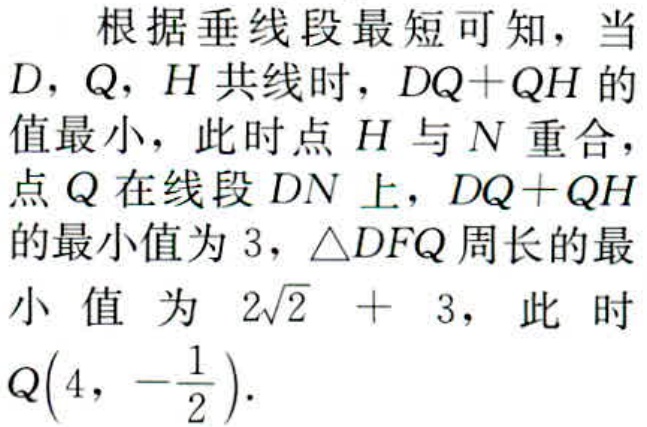
根据垂线段最短可知，当 \(D\)，\(Q\)，\(H\) 共线时，\(DQ + QH\) 的值最小，此时点 \(H\) 与 \(N\) 重合，点 \(Q\) 在线段 \(DN\) 上，\(DQ + QH\) 的最小值为 \(3\)，\(\triangle DFQ\) 周长的最小值为 \(2\sqrt{2}+3\)，此时 \(Q\left(4,-\frac{1}{2}\right)\)。